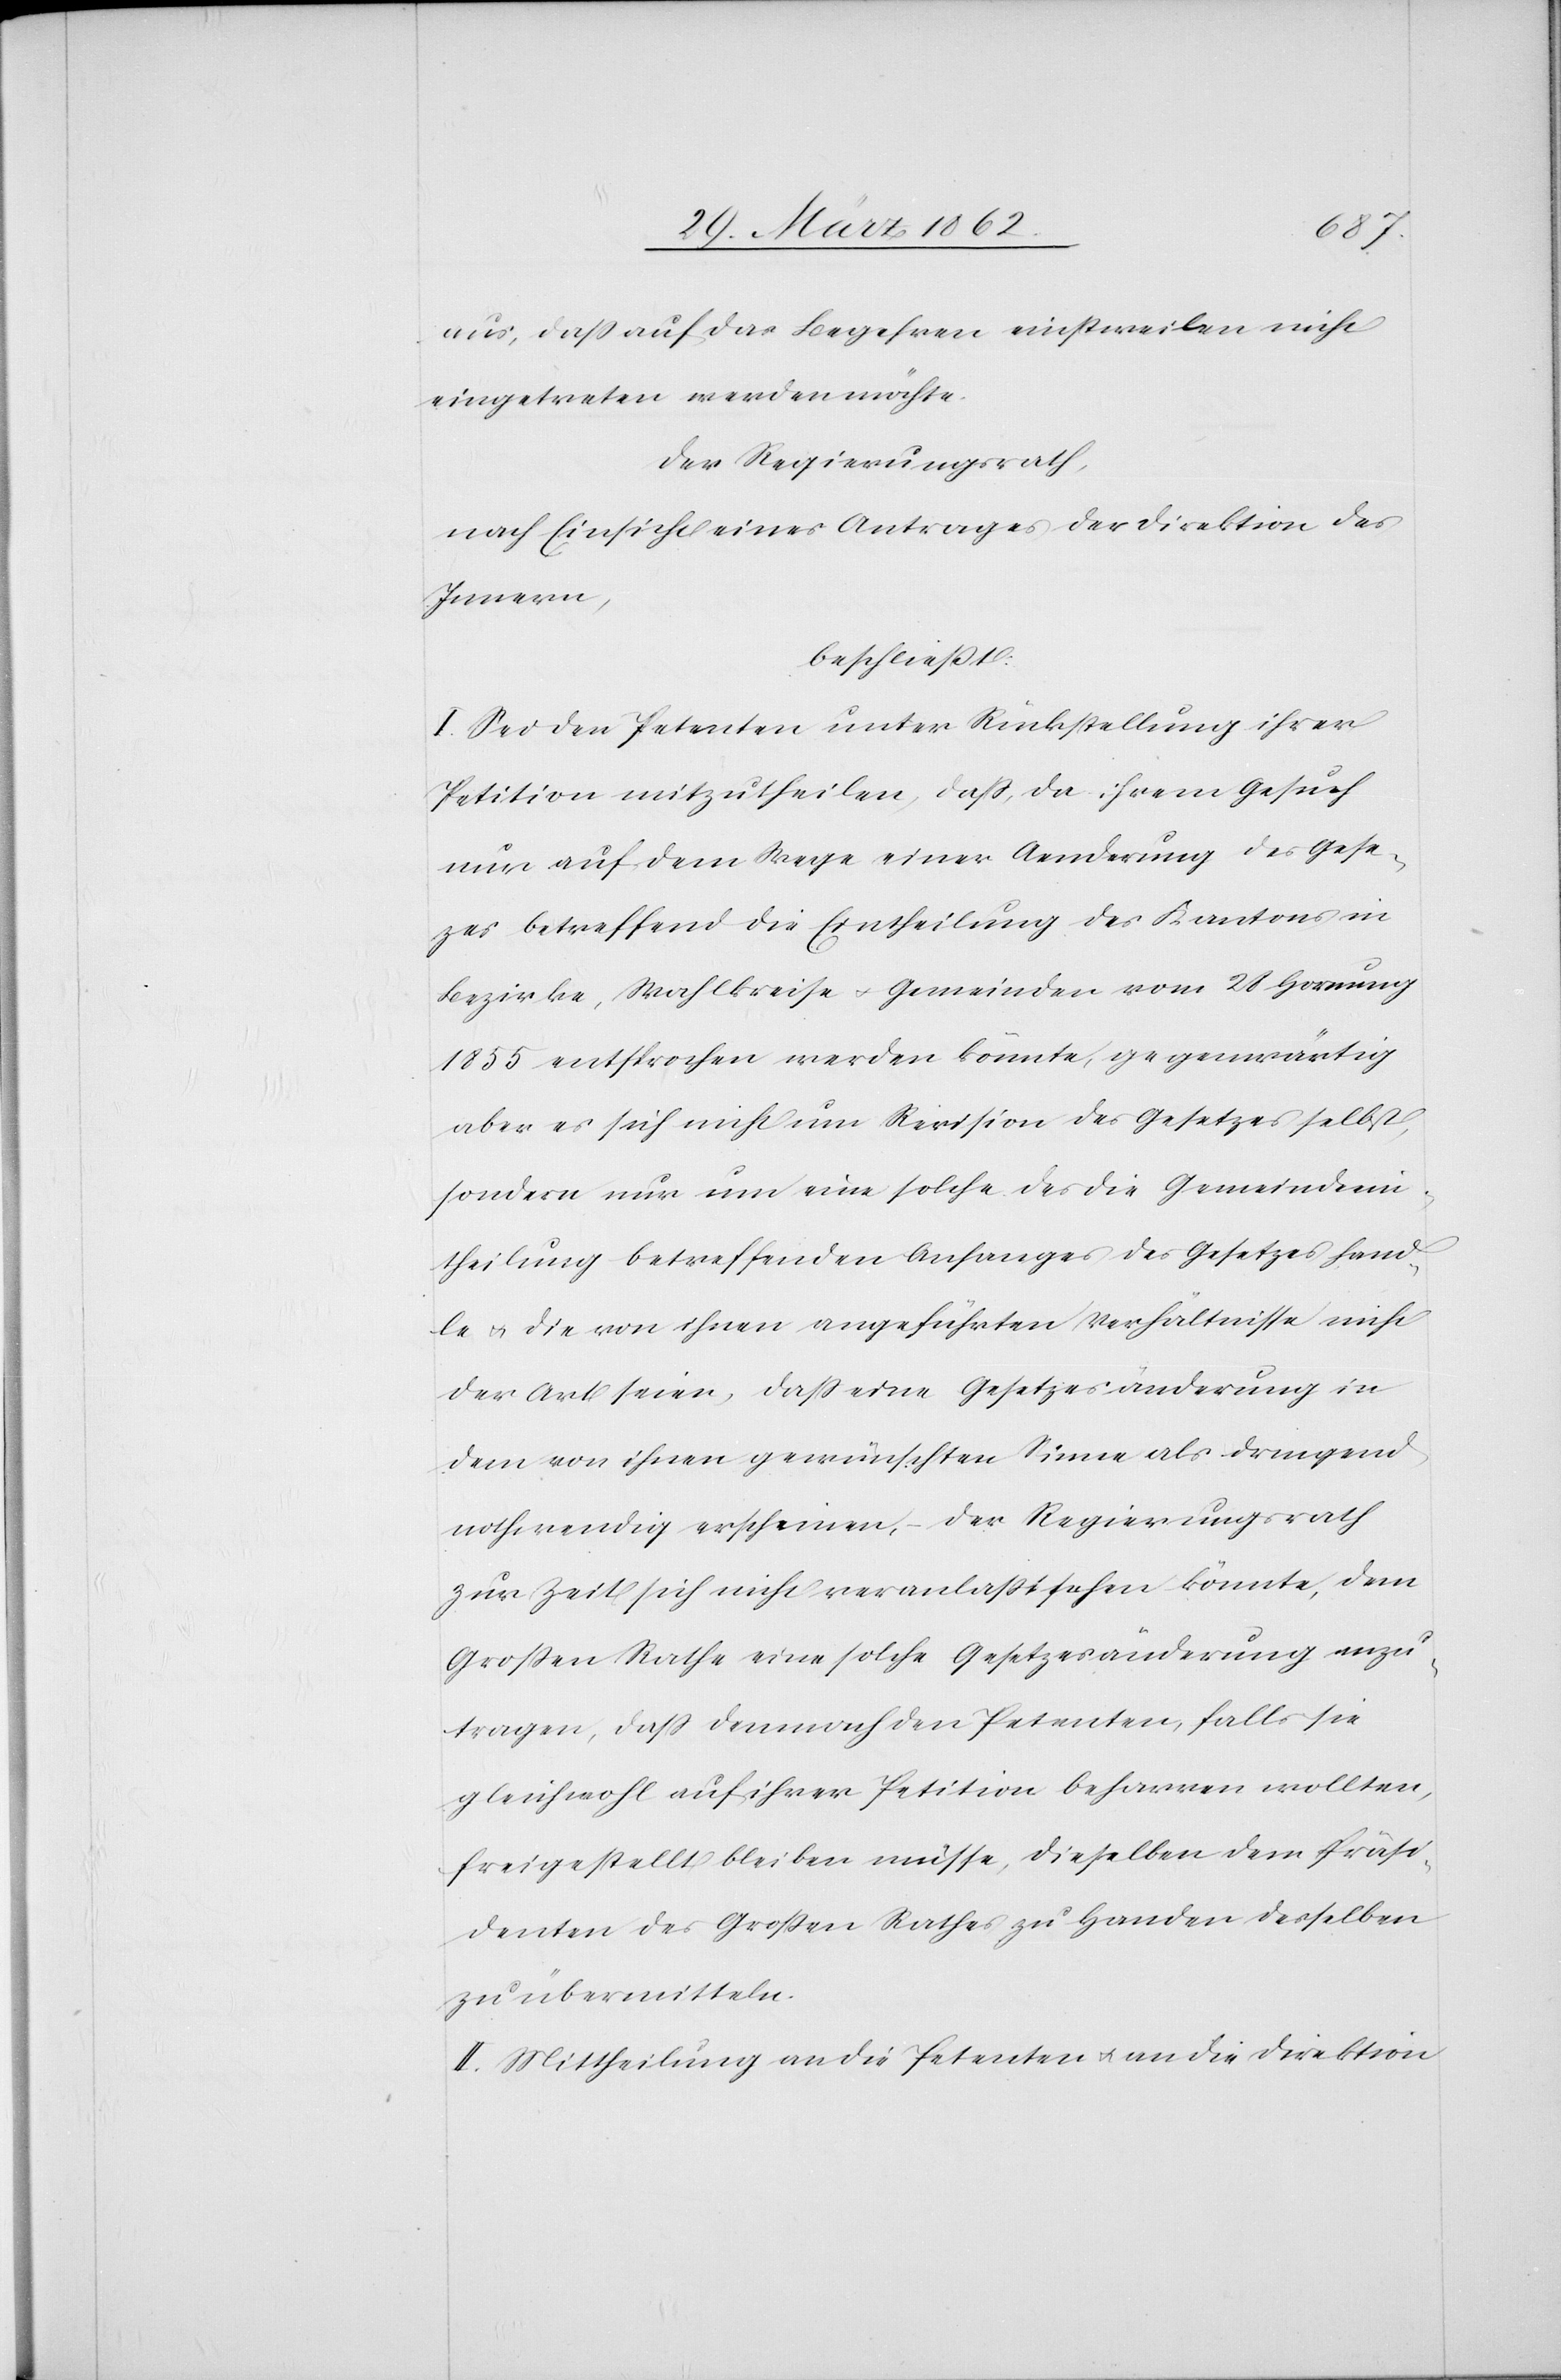
aus, daß auf das Begehren einstweilen nicht
eingetreten werden möchte.
Der Regierungsrath,
nach Einsicht eines Antrages der Direktion des
Innern,
beschließt:
I. Sei den Petenten unter Rückstellung ihrer
Petition mitzutheilen, daß, da ihrem Gesuch
nur auf dem Wege einer Aenderung des Gese¬
tzes betreffend die Eintheilung des Kantons in
Bezirke, Wahlkreise u. Gemeinden vom 21 Hornung
1855 entsprochen werden könnte, gegenwärtig
aber es sich nicht um Revision des Gesetzes selbst,
sondern nur um eine solche des die Gemeindeein¬
theilung betreffenden Anhanges des Gesetzes hand¬
le u. die von ihnen angeführten Verhältnisse nicht
der Art seien, daß eine Gesetzesänderung in
dem von ihnen gewünschten Sinne als dringend
nothwendig erscheinen, – der Regierungsrath
zur Zeit sich nicht veranlaßt sehen könnte, dem
Großen Rathe eine solche Gesetzesänderung anzu¬
tragen, daß demnach den Petenten, falls sie
gleichwohl auf ihrer Petition beharren wollten,
freigestellt bleiben müsse, dieselben [sic!] dem Präsi¬
denten des Großen Rathes zu Handen desselben
zu übermitteln.
II. Mittheilung an die Petenten u. an die Direktion